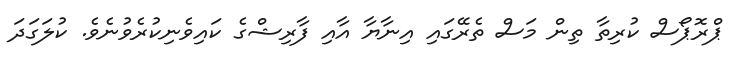
ޕްރޮޕޯސް ކުރިތާ ތިން މަސް ތެރޭގައި އިނާޔާ އާއި ފާރިޝްގެ ކައިވެނިކުރެވުނެވެ. ކުލަގަދަ